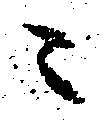
ニ